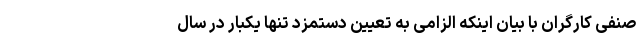
صنفی کارگران با بیان اینکه الزامی به تعیین دستمزد تنها یکبار در سال